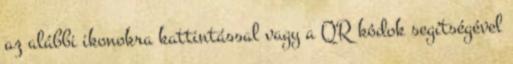
az alábbi ikonokra kattintással vagy a QR kódok segítségével